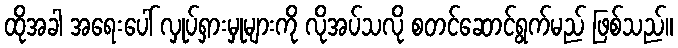
ထိုအခါ အရေးပေါ် လှုပ်ရှားမှုများကို လိုအပ်သလို စတင်ဆောင်ရွက်မည် ဖြစ်သည်။